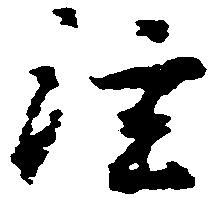
注